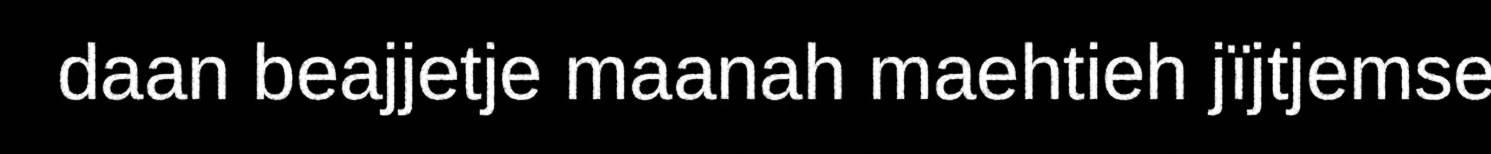
daan beajjetje maanah maehtieh jïjtjemse